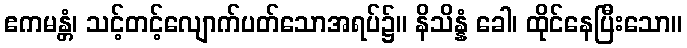
ဧကမန္တံ၊ သင့်တင့်လျောက်ပတ်သောအရပ်၌။ နိသိန္နံ ခေါ၊ ထိုင်နေပြီးသော။